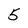
Character: 5